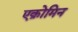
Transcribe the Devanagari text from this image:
एक्रोमिन